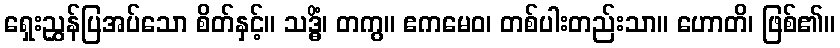
ရှေးညွှန်ပြအပ်သော စိတ်နှင့်။ သဒ္ဓိံ၊ တကွ။ ဧကမေဝ၊ တစ်ပါးတည်းသာ။ ဟောတိ၊ ဖြစ်၏။